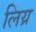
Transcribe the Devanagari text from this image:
लिय्र